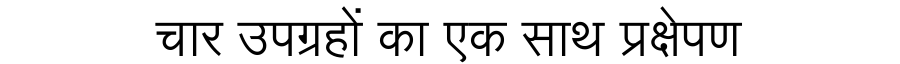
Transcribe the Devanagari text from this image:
चार उपग्रहों का एक साथ प्रक्षेपण